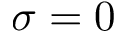
\sigma = 0